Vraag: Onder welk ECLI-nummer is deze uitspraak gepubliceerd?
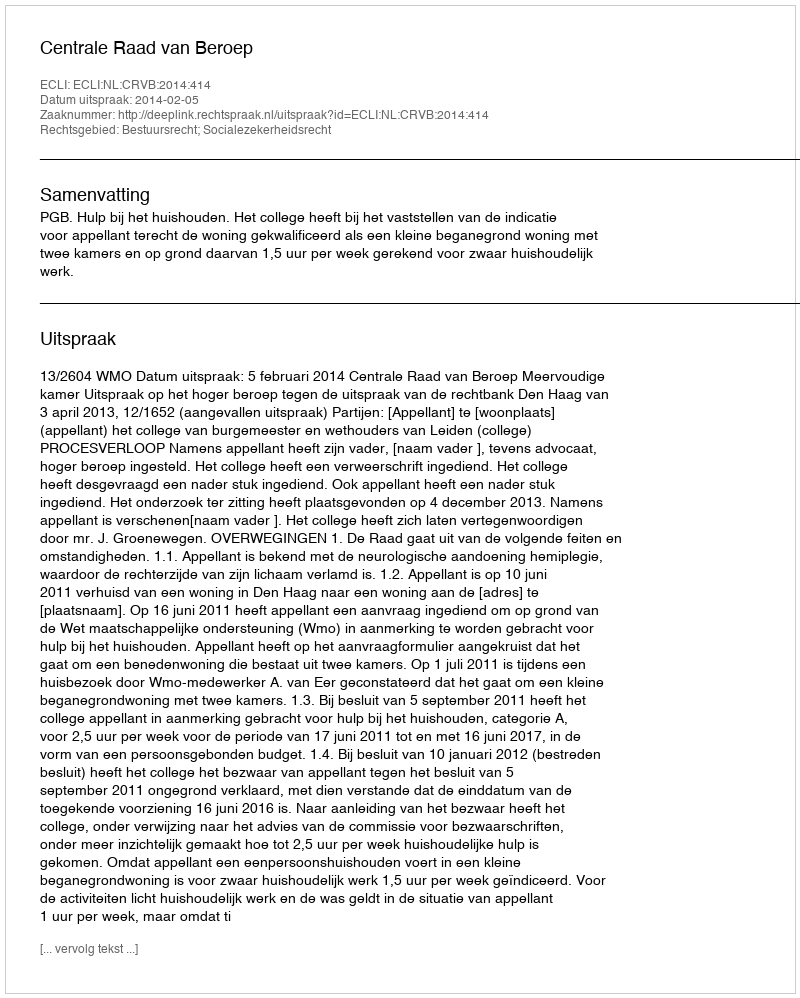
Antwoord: ECLI:NL:CRVB:2014:414